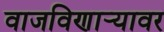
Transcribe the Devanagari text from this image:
वाजविणार्‍यावर